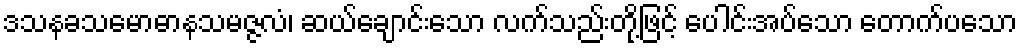
ဒသနခသမောဓာနသမဇ္ဇလံ၊ ဆယ်ချောင်းသော လက်သည်းတို့ဖြင့် ပေါင်းအပ်သော တောက်ပသော